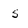
Character: 5